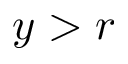
y > r